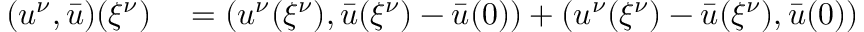
\begin{array} { r l } { ( u ^ { \nu } , \bar { u } ) ( { \xi ^ { \nu } } ) } & { { } = ( u ^ { \nu } ( { \xi ^ { \nu } } ) , \bar { u } ( { \xi ^ { \nu } } ) - \bar { u } ( 0 ) ) + ( u ^ { \nu } ( { \xi ^ { \nu } } ) - \bar { u } ( { \xi ^ { \nu } } ) , \bar { u } ( 0 ) ) } \end{array}